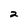
Character: 2